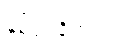
နှစ်ပုဒ်ရှိတယ်။